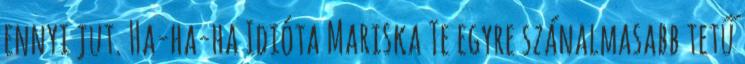
ennyi jut. Ha-ha-ha Idióta Mariska Te egyre szánalmasabb tetű